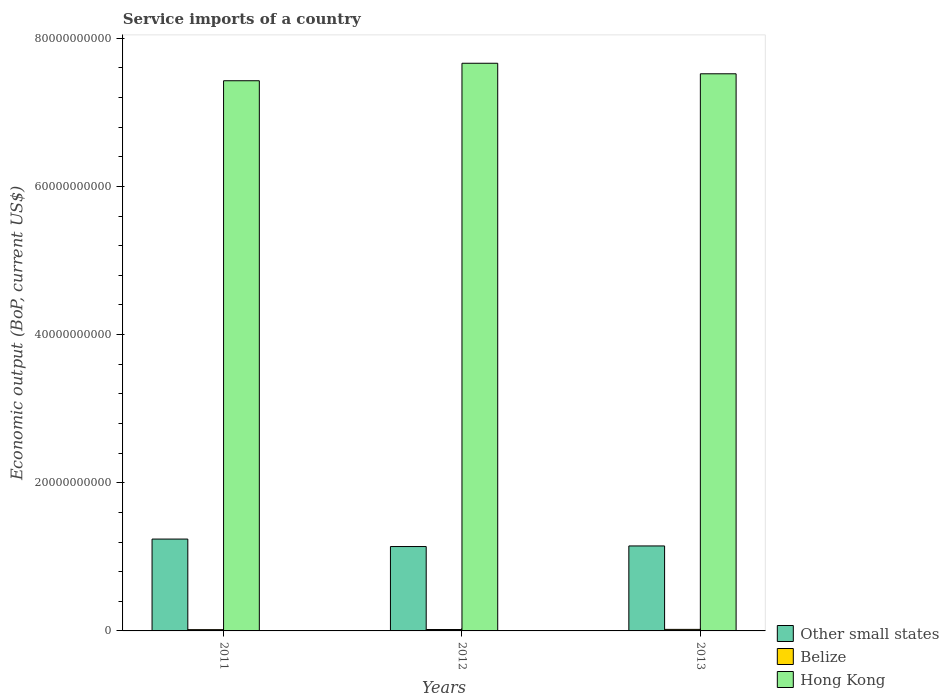
| Years | Other small states | Belize | Hong Kong |
 | --- | --- | --- | --- |
 | 2011 | 1.24e+10 | 1.71e+08 | 7.43e+10 |
 | 2012 | 1.14e+10 | 1.88e+08 | 7.66e+10 |
 | 2013 | 1.15e+10 | 2.08e+08 | 7.52e+10 |